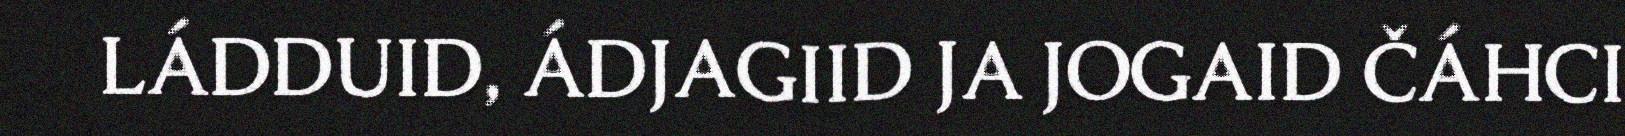
LÁDDUID, ÁDJAGIID JA JOGAID ČÁHCI